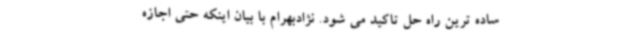
ساده ترین راه حل تاکید می شود. نژادبهرام با بیان اینکه حتی اجازه